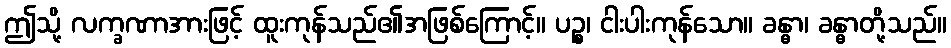
ဤသို့ လက္ခဏာအားဖြင့် ထူးကုန်သည်၏အဖြစ်ကြောင့်။ ပဉ္စ၊ ငါးပါးကုန်သော။ ခန္ဓာ၊ ခန္ဓာတို့သည်။